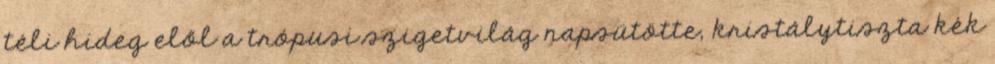
téli hideg elől a trópusi szigetvilág napsütötte, kristálytiszta kék